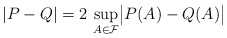
\begin{align*}|P-Q| = 2 \, \sup_{A \in \mathcal{F}} \bigl|P(A) - Q(A)\bigr|\end{align*}